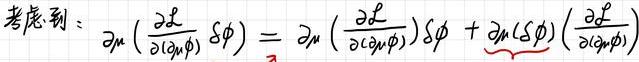
考虑到：
\[
\partial_{\mu}\left(\frac{\partial \mathcal{L}}{\partial\left(\partial_{\mu} \phi\right)} \delta \phi\right)=\partial_{\mu}\left(\frac{\partial \mathcal{L}}{\partial\left(\partial_{\mu} \phi\right)}\right) \delta \phi+\partial_{\mu}(\delta \phi)\left(\frac{\partial \mathcal{L}}{\partial\left(\partial_{\mu} \phi\right)}\right)
\]